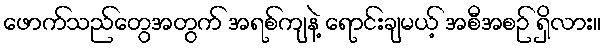
ဖောက်သည်တွေအတွက် အရစ်ကျနဲ့ ရောင်းချမယ့် အစီအစဉ် ရှိလား။